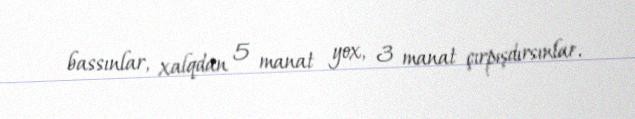
bassınlar, xalqdan 5 manat yox, 3 manat çırpışdırsınlar.